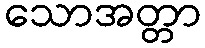
သောအတ္တာ